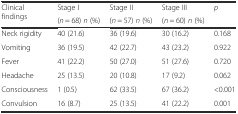
| <ROWSPAN=2> Clinical findings | Stage I | Stage II | Stage III | p |
 | (n = 68) n (%) | (n = 57) n (%) | (n = 60) n (%) |  |
 | --- | --- | --- | --- | --- |
 | Neck rigidity | 40 (21.6) | 36 (19.6) | 30 (16.2) | 0.168 |
 | Vomiting | 36 (19.5) | 42 (22.7) | 43 (23.2) | 0.922 |
 | Fever | 41 (22.2) | 50 (27.0) | 51 (27.6) | 0.720 |
 | Headache | 25 (13.5) | 20 (10.8) | 17 (9.2) | 0.062 |
 | Consciousness | 1 (0.5) | 62 (33.5) | 67 (36.2) | <0.001 |
 | Convulsion | 16 (8.7) | 25 (13.5) | 41 (22.2) | 0.001 |